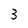
Character: 3